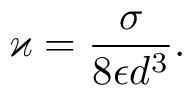
\varkappa = \frac { \sigma } { 8 \epsilon d ^ { 3 } } .